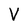
Character: V